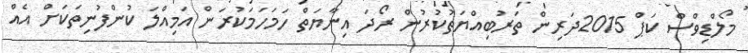
މޯލްޑިވްސް ކަޕް 2015ދަރިން ތަރުބިއްޔަތުކުރުން ރޯދަ އިނާޔަތް ހަމަހަމަކުރަން އަމިއްލަ ކުންފުނިތަކަށް އެއް